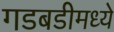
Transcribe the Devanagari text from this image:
गडबडीमध्ये